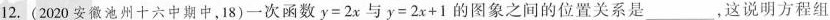
12. (2020安徽池州十六中期中，18)一次函数$$y = 2 x$$与$$y = 2 x + 1$$的图象之间的位置关系是___，这说明方程组